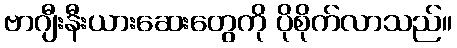
ဗာဂျီးနီးယားဆေးတွေကို ပိုစိုက်လာသည်။